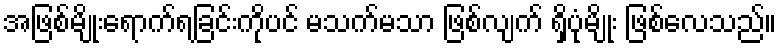
အဖြစ်မျိုးရောက်ရခြင်းကိုပင် မသက်မသာ ဖြစ်လျက် ရှိပုံမျိုး ဖြစ်လေသည်။